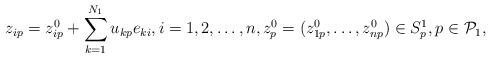
LaTeX: \begin{align*}z_{ip} = z_{ip}^0+\sum_{k=1}^{N_1} u_{kp} e_{ki}, i=1,2,\dots, n, z_p^0=(z_{1p}^0, \dots, z_{np}^0) \in S_p^1, p \in {\cal P}_1,\end{align*}